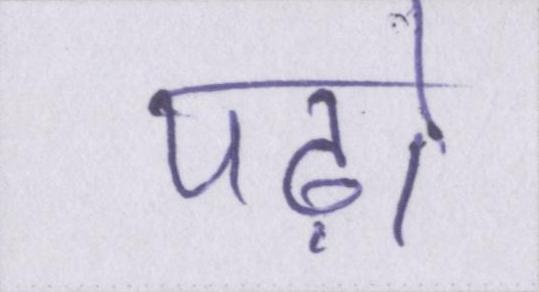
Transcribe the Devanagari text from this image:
पढ़ो